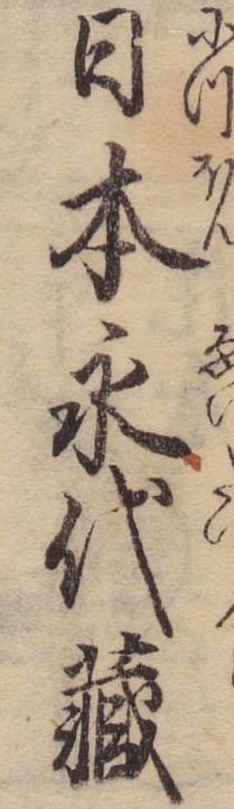
日本永代蔵